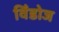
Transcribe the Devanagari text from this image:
विँडोज